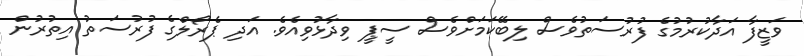
ވަޒީފާ އަދާކުރުމުގެ ފުރުސަތުވެސް ލިބޭކަމަށްވެސް ސީޕީ ވިދާޅުވިއެވެ. އަދި ޕެރޯލްގެ ފުރުސަތު އިތުރުން